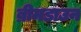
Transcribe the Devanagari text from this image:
ब्रीमडाउन